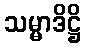
သမ္မာဒိဋ္ဌိ